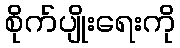
စိုက်ပျိုးရေးကို